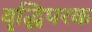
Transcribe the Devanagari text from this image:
वृद्धिपरक